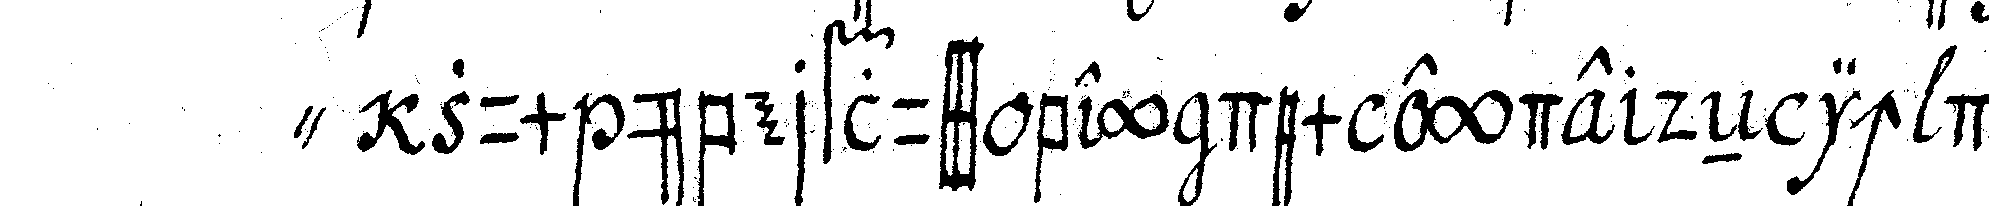
" zum überfluss bey dem eyde deN ich deneN